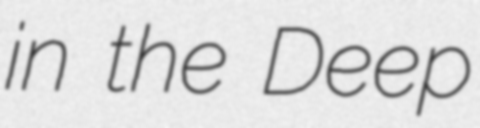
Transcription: in the Deep